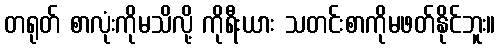
တရုတ် စာလုံးကိုမသိလို့ ကိုရီးယား သတင်းစာကိုမဖတ်နိုင်ဘူး။